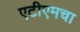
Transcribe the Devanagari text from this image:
एटीएमचा